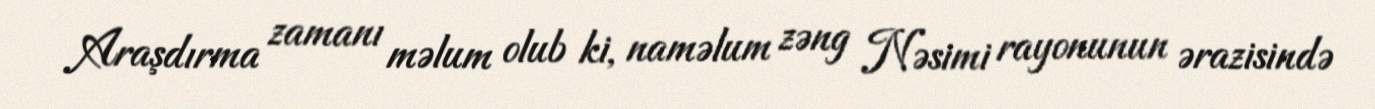
Araşdırma zamanı məlum olub ki, naməlum zəng Nəsimi rayonunun ərazisində